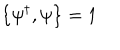
\left\{ \psi ^ { \dagger } , \psi \right\} = 1